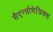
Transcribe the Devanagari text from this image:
सैएन्त्रोमेत्रिक्स